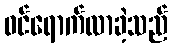
ဝင်ရောက်လာခဲ့သည်